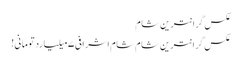
عکس گرانترین شام
عکس گرانترین شام	شام اشرافی ۷ میلیارد تومانی!